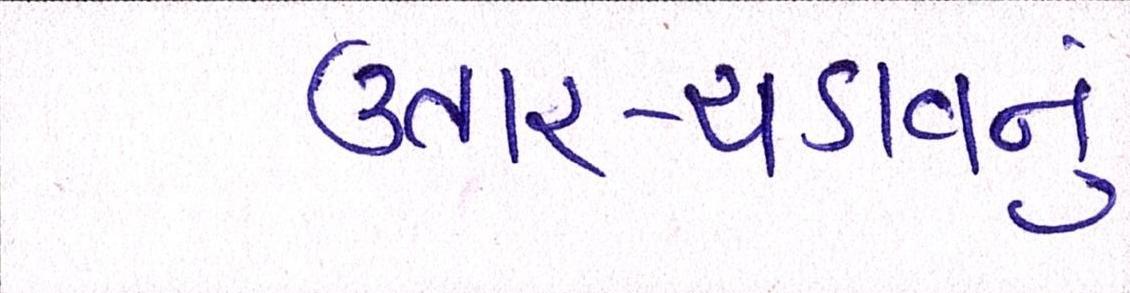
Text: ઉતાર-ચડાવનું